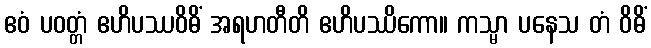
ဧဝံ ပဝတ္တံ ဧဟိပဿဝိဓိံ အရဟတီတိ ဧဟိပဿိကော။ ကသ္မာ ပနေသ တံ ဝိဓိံ